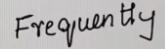
Frequently